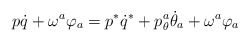
\begin{align*}p\dot{q} +\omega^a\varphi_a = p^*\dot{q}^* + p_\theta^a\dot{\theta}_a+\omega^a\varphi_a\end{align*}